Vaccination United Provinces of Agra and Oudh 1902-1913 - 1902-1913
Year: 1902
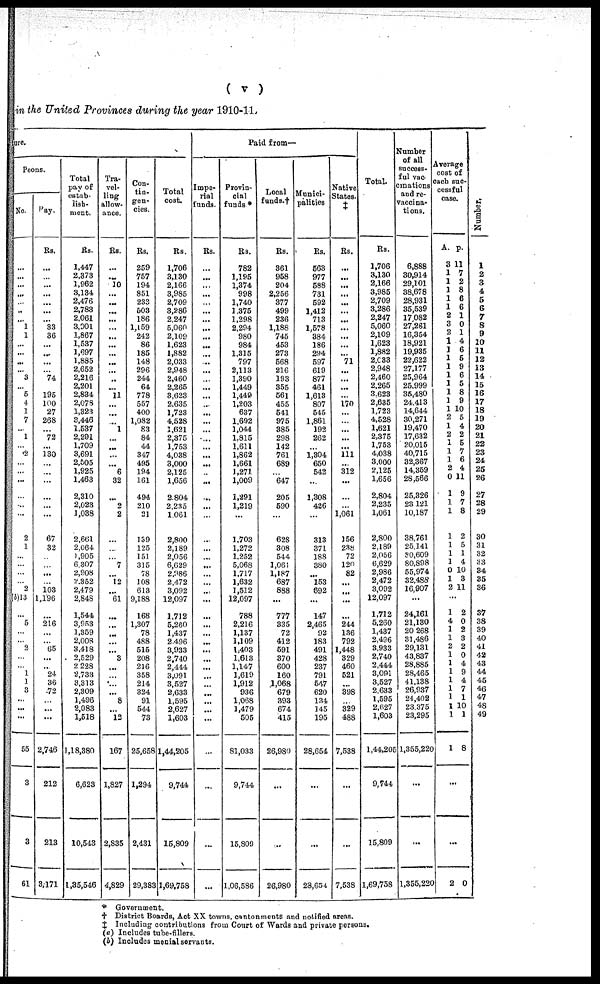
( v )
in the United Provinces during the year 1910-11.
ure.
Peons,
No.
...
...
...
...
...
...
...
1
1
...
...
...
...
3
...
5
4
1
7
...
1
...
2
...
...
...
...
...
...
2
1
...
...
...
...
2
(b)13
...
5
...
... 2
...
...
1
1
3
...
...
...
55
3
3
61
Pay.
Rs.
...
...
...
...
...
...
...
33
36
...
...
...
...
74
195
100
27
268
...
72
...
130
...
...
...
...
...
...
67
32
...
...
...
...
103
1,196
...
216
...
...
65
...
...
24
36
72
...
...
...
2,746
212
213
3,171
Total
pay of
estab-
lish-
ment.
Rs.
1,447
2,373
1,962
3,134
2,476
2,783
2,061
3,901
1,867
1,537
1,697
1,885
2,652
2,216
2,201
2,834
2,078
1,323
3,446
1,537
2,291
1,709
3,691
2,505
1,925
1,463
2,310
2,023
1,038
2,661
2,064
1,905
6,307
2,908
2,352
2,479
2,848
1,544
3,953
1,359
2,008
3,418
2,529
2,228
2,733
3,313
2,309
1,496
2,083
1,518
1,18,380
6,623
10,543
1,35,546
Tra-
vel-
ling
allow-
ance.
Rs.
...
...
10
...
...
...
...
...
...
...
...
...
...
...
...
11
...
...
...
1
...
...
...
...
6
32
...
2
2
...
...
...
7
...
12
...
61
...
...
...
...
...
3
...
...
...
...
8
...
12
167
1,827
2,835
4,829
Con-
tia-
gen-
cies.
Rs.
259
757
194
851
233
503
186
1,159
242
86
185
148
296
244
64
778
557
400
1,082
83
84
44
347
495
194
161
494
210
21
139
125
151
315
78
108
613
9,188
168
1,307
78
488
515
208
216
358
214
324
91
544
73
25,658
1,294
2,431
29,383
Total
cost.
Rs.
1,706
3,130
2,166
3,985
2,709
3,286
2,247
5,060
2,109
1,623
1,882
2,033
2,948
2,460
2,265
3,623
2,635
1,723
4,528
1,621
2,375
1,753
4,038
3,000
2,125
1,656
2,804
2,235
1,061
2,800
2,189
2,056
6,629
2,986
2,472
3,092
12,097
1,712
5,260
1,437
2,496
3,933
2,740
2,444
3,091
3,527
2,633
1,595
2,627
1,603
1,44,205
9,744
15,809
1,69,758
Paid from—
Impe-
rial
funds.
Rs.
...
...
...
...
...
...
...
...
...
...
...
...
...
...
...
...
...
...
...
...
...
...
...
...
...
...
...
...
...
...
...
...
...
...
...
...
...
...
...
...
...
...
...
...
...
...
...
...
...
...
...
...
...
...
Provin-
cial
funds*
Rs.
782
1,195
1,374
998
1,740
1,375
1,298
2,294
980
984
1,315
797
2,113
1,390
1,449
1,449
1,203
637
1,692
1,044
1,815
1,611
1,862
1,661
1,271
1,009
1,291
1,219
...
1,703
1,272
1,252
5,068
1,717
1,632
1,512
12,097
788
2,216
1,137
1,109
1,403
1,613
1,147
1,619
1,912
936
1,068
1,479
505
81,033
9,744
15,809
1,06,586
Local
funds.†
Rs.
361
958
204
2,256
377
499
236
1,188
745
453
273
568
216
193
355
561
455
541
975
385
298
142
761
689
...
647
205
590
...
628
308
544
1,061
1,187
687
888
...
777
335
72
412
591
370
600
160
1,068
679
393
674
415
26,980
...
...
26,980
Munici-
palities
Rs.
563
977
588
731
592
1,412
713
1,578
384
186
294
597
619
877
461
1,613
807
545
1,861
192
262
...
1,304
650
542
...
1,308
426
...
313
371
188
380
...
153
692
...
147
2,465
92
183
491
428
237
791
547
620
134
145
195
28,654
...
...
28,654
Native
States.
‡
Rs.
...
...
...
...
...
...
...
...
...
...
...
71
...
...
...
...
170
...
...
...
...
...
111
...
312
...
...
...
1,061
156
238
72
120
82
...
...
...
...
244
136
792
1,448
329
460
521
...
398
...
329
488
7,538
...
...
7,538
Total.
Rs.
1,706
3,130
2,166
3,985
2,709
3,286
2,247
5,060
2,109
1,623
1,882
2,083
2,948
2,460
2,265
3,623
2,635
1,723
4,528
1,621
2,375
1,753
4,038
3,000
2,125
1,656
2,804
2,235
1,061
2,800
2,189
2,056
6,629
2,986
2,472
3,092
12,097
1,712
5,260
1,437
2,496
3,933
2,740
2,444
3,091
3,527
2,633
1,595
2,627
1,603
1,44,205
9,744
15,809
1,69,758
Number
of all
success-
ful vac
cinations
and re-
vaccina-
tions.
6,888
30,914
29,101
38,678
28,931
35,539
17,082
27,261
16,354
18,921
19,935
22,622
27,177
25,964
25,999
35,480
24,413
14,644
30,271
19,470
17,632
20,015
40,715
32,367
14,359
28,566
25,326
23,121
10,187
38,761
25,141
30,609
80,898
55,974
32,488
16,907
...
24,161
21,130
20 268
31,486
29,131
43,837
28,885
28,465
41,138
26,937
24,402
23,375
23,295
1,355,220
...
...
1,355,220
Average
cost of
each suc-
cessful
case.
A.
3
1
1
1
1
1
2
3
2
1
1
1
1
1
1
1
1
1
2
1
2
1
1
1
2
0
1
1
1
1
1
1
1
0
1
2
...
1
4
1
1
2
1
1
1
1
1
1
1
1
1
...
...
2
p.
11
7
2
8
6
6
1
0
1
4
6
5
9
6
5
8
9
10
5
4
2
5
7
6
4
11
9
7
8
2
5
1
4
10
3
11
2
0
2
3
2
0
4
9
4
7
1
10
1
8
0
Number.
1
2
3 4
5
6
7
8
9
10
11
12
13
14
15
16
17
18
19
20
21
22
23
24
25
26
27
28
29
30
31
32
33
34
35
36
37
38
39
40
41
42
43
44
45
46
47
48
49
* Government.
† District Boards, Act XX towns, cantonments and notified areas.
‡ Including contributions from Court of Wards and private persons.
(a) Includes tube-fillers.
(b) Includes menial servants.